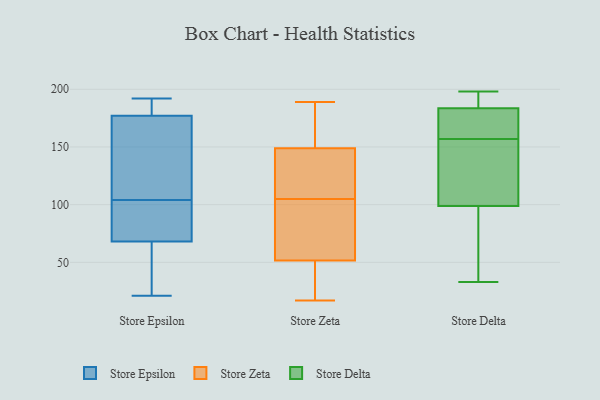
{"axis": {"x": "Energy Usage (MWh)", "y": "Value"}, "legend": ["Store Delta", "Store Epsilon", "Store Zeta"], "data": [{"x": "", "y": 103, "type": "Store Epsilon"}, {"x": "", "y": 68, "type": "Store Epsilon"}, {"x": "", "y": 84, "type": "Store Epsilon"}, {"x": "", "y": 97, "type": "Store Epsilon"}, {"x": "", "y": 148, "type": "Store Epsilon"}, {"x": "", "y": 192, "type": "Store Epsilon"}, {"x": "", "y": 105, "type": "Store Epsilon"}, {"x": "", "y": 189, "type": "Store Epsilon"}, {"x": "", "y": 177, "type": "Store Epsilon"}, {"x": "", "y": 147, "type": "Store Epsilon"}, {"x": "", "y": 25, "type": "Store Epsilon"}, {"x": "", "y": 68, "type": "Store Epsilon"}, {"x": "", "y": 21, "type": "Store Epsilon"}, {"x": "", "y": 181, "type": "Store Epsilon"}, {"x": "", "y": 137, "type": "Store Zeta"}, {"x": "", "y": 56, "type": "Store Zeta"}, {"x": "", "y": 28, "type": "Store Zeta"}, {"x": "", "y": 31, "type": "Store Zeta"}, {"x": "", "y": 17, "type": "Store Zeta"}, {"x": "", "y": 67, "type": "Store Zeta"}, {"x": "", "y": 53, "type": "Store Zeta"}, {"x": "", "y": 189, "type": "Store Zeta"}, {"x": "", "y": 133, "type": "Store Zeta"}, {"x": "", "y": 165, "type": "Store Zeta"}, {"x": "", "y": 51, "type": "Store Zeta"}, {"x": "", "y": 42, "type": "Store Zeta"}, {"x": "", "y": 171, "type": "Store Zeta"}, {"x": "", "y": 153, "type": "Store Zeta"}, {"x": "", "y": 58, "type": "Store Zeta"}, {"x": "", "y": 119, "type": "Store Zeta"}, {"x": "", "y": 105, "type": "Store Zeta"}, {"x": "", "y": 171, "type": "Store Zeta"}, {"x": "", "y": 105, "type": "Store Zeta"}, {"x": "", "y": 182, "type": "Store Delta"}, {"x": "", "y": 112, "type": "Store Delta"}, {"x": "", "y": 80, "type": "Store Delta"}, {"x": "", "y": 171, "type": "Store Delta"}, {"x": "", "y": 123, "type": "Store Delta"}, {"x": "", "y": 188, "type": "Store Delta"}, {"x": "", "y": 198, "type": "Store Delta"}, {"x": "", "y": 158, "type": "Store Delta"}, {"x": "", "y": 197, "type": "Store Delta"}, {"x": "", "y": 157, "type": "Store Delta"}, {"x": "", "y": 33, "type": "Store Delta"}, {"x": "", "y": 38, "type": "Store Delta"}, {"x": "", "y": 105, "type": "Store Delta"}]}